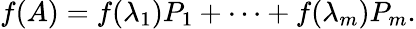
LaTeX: f(A)=f(\lambda_{1})P_{1}+\cdots+f(\lambda_{m})P_{m}.